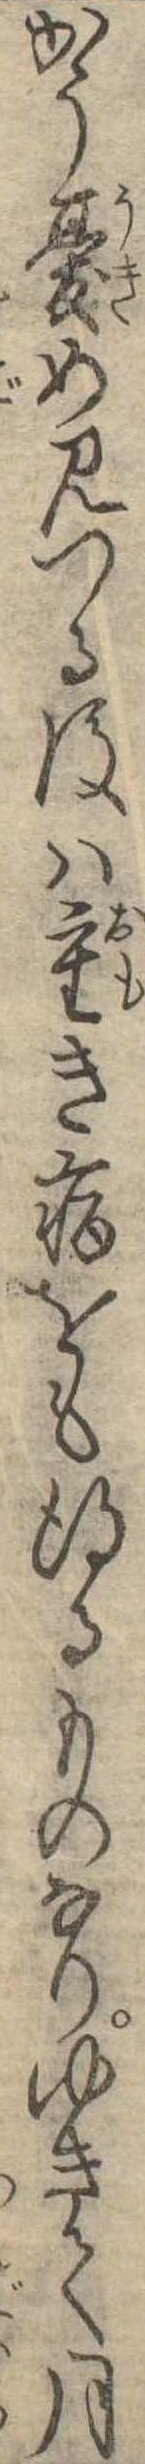
かう憂め見つる後は重き病をも得るものなりゆきて月